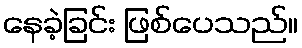
နေခဲ့ခြင်း ဖြစ်ပေသည်။